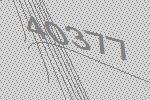
40377